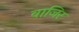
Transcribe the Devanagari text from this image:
वाजिर